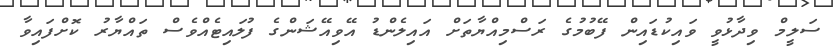
ސަލީމް ވިދާޅުވީ ވައިކުޑައިން ފޭބުމުގެ ރަސްމިއްޔާތަށް އައިލެންޑު އޭވިއޭޝަންގެ ފުލައިޓެއްވެސް ތައްޔާރު ކޮށްފައިވާ